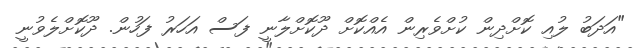
"އަދަބު ލުއި ކޮށްދިން ކުށްވެރިން އެއްކޮށް ދޫކޮށްލާނީ ފަސް އަހަރު ފަހުން. ދޫކޮށްލެވުނީ